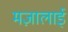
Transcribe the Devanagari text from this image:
मज़ालाई